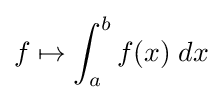
f\mapsto \int _{a}^{b}f(x)\;dx